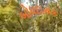
બોધદાયક